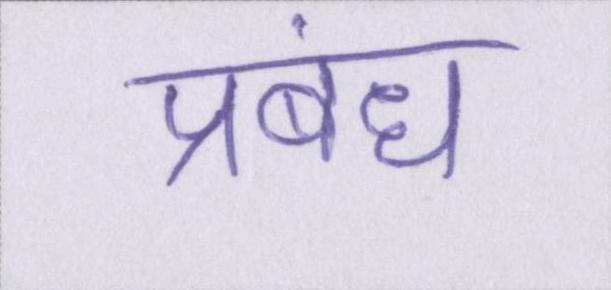
प्रबंध